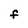
Character: F